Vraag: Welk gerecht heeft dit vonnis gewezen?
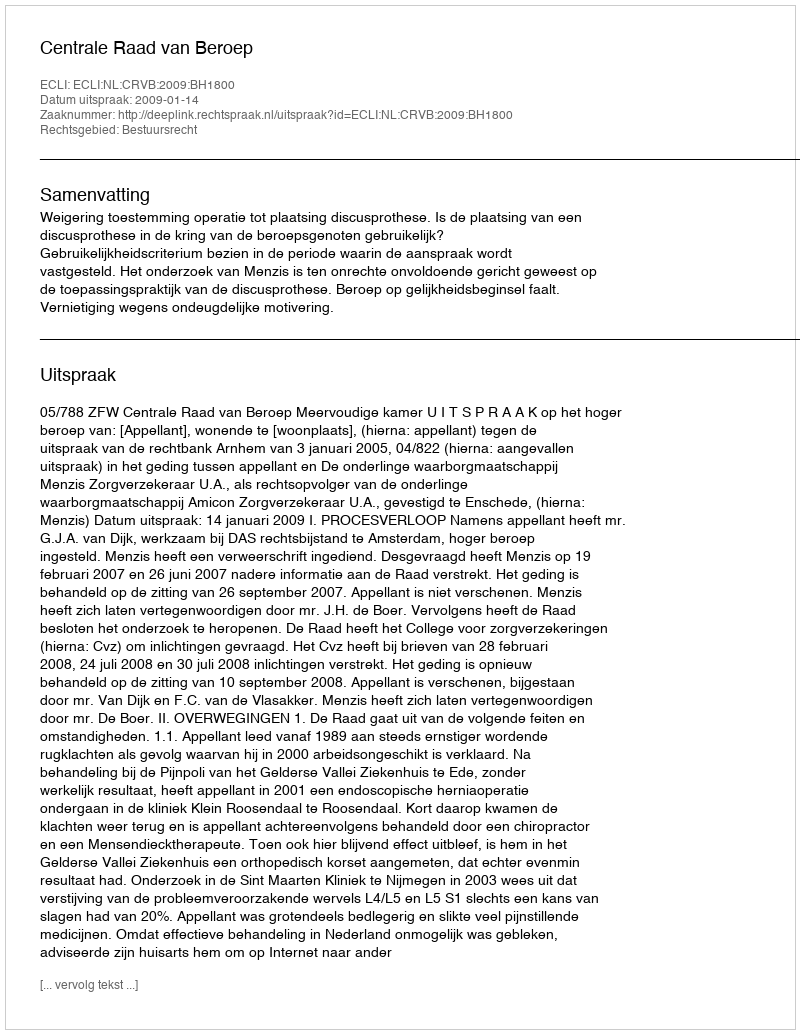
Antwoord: Centrale Raad van Beroep